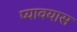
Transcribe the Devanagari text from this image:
प्यावयास